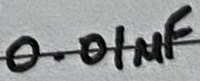
Text: 0.01µF